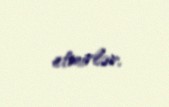
etmirlər.